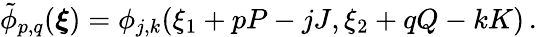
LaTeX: \tilde{\phi}_{p,q}(\boldsymbol{\xi})=\phi_{j,k}(\xi_{1}+pP-jJ,\xi_{2}+qQ-kK)\, .